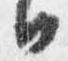
日